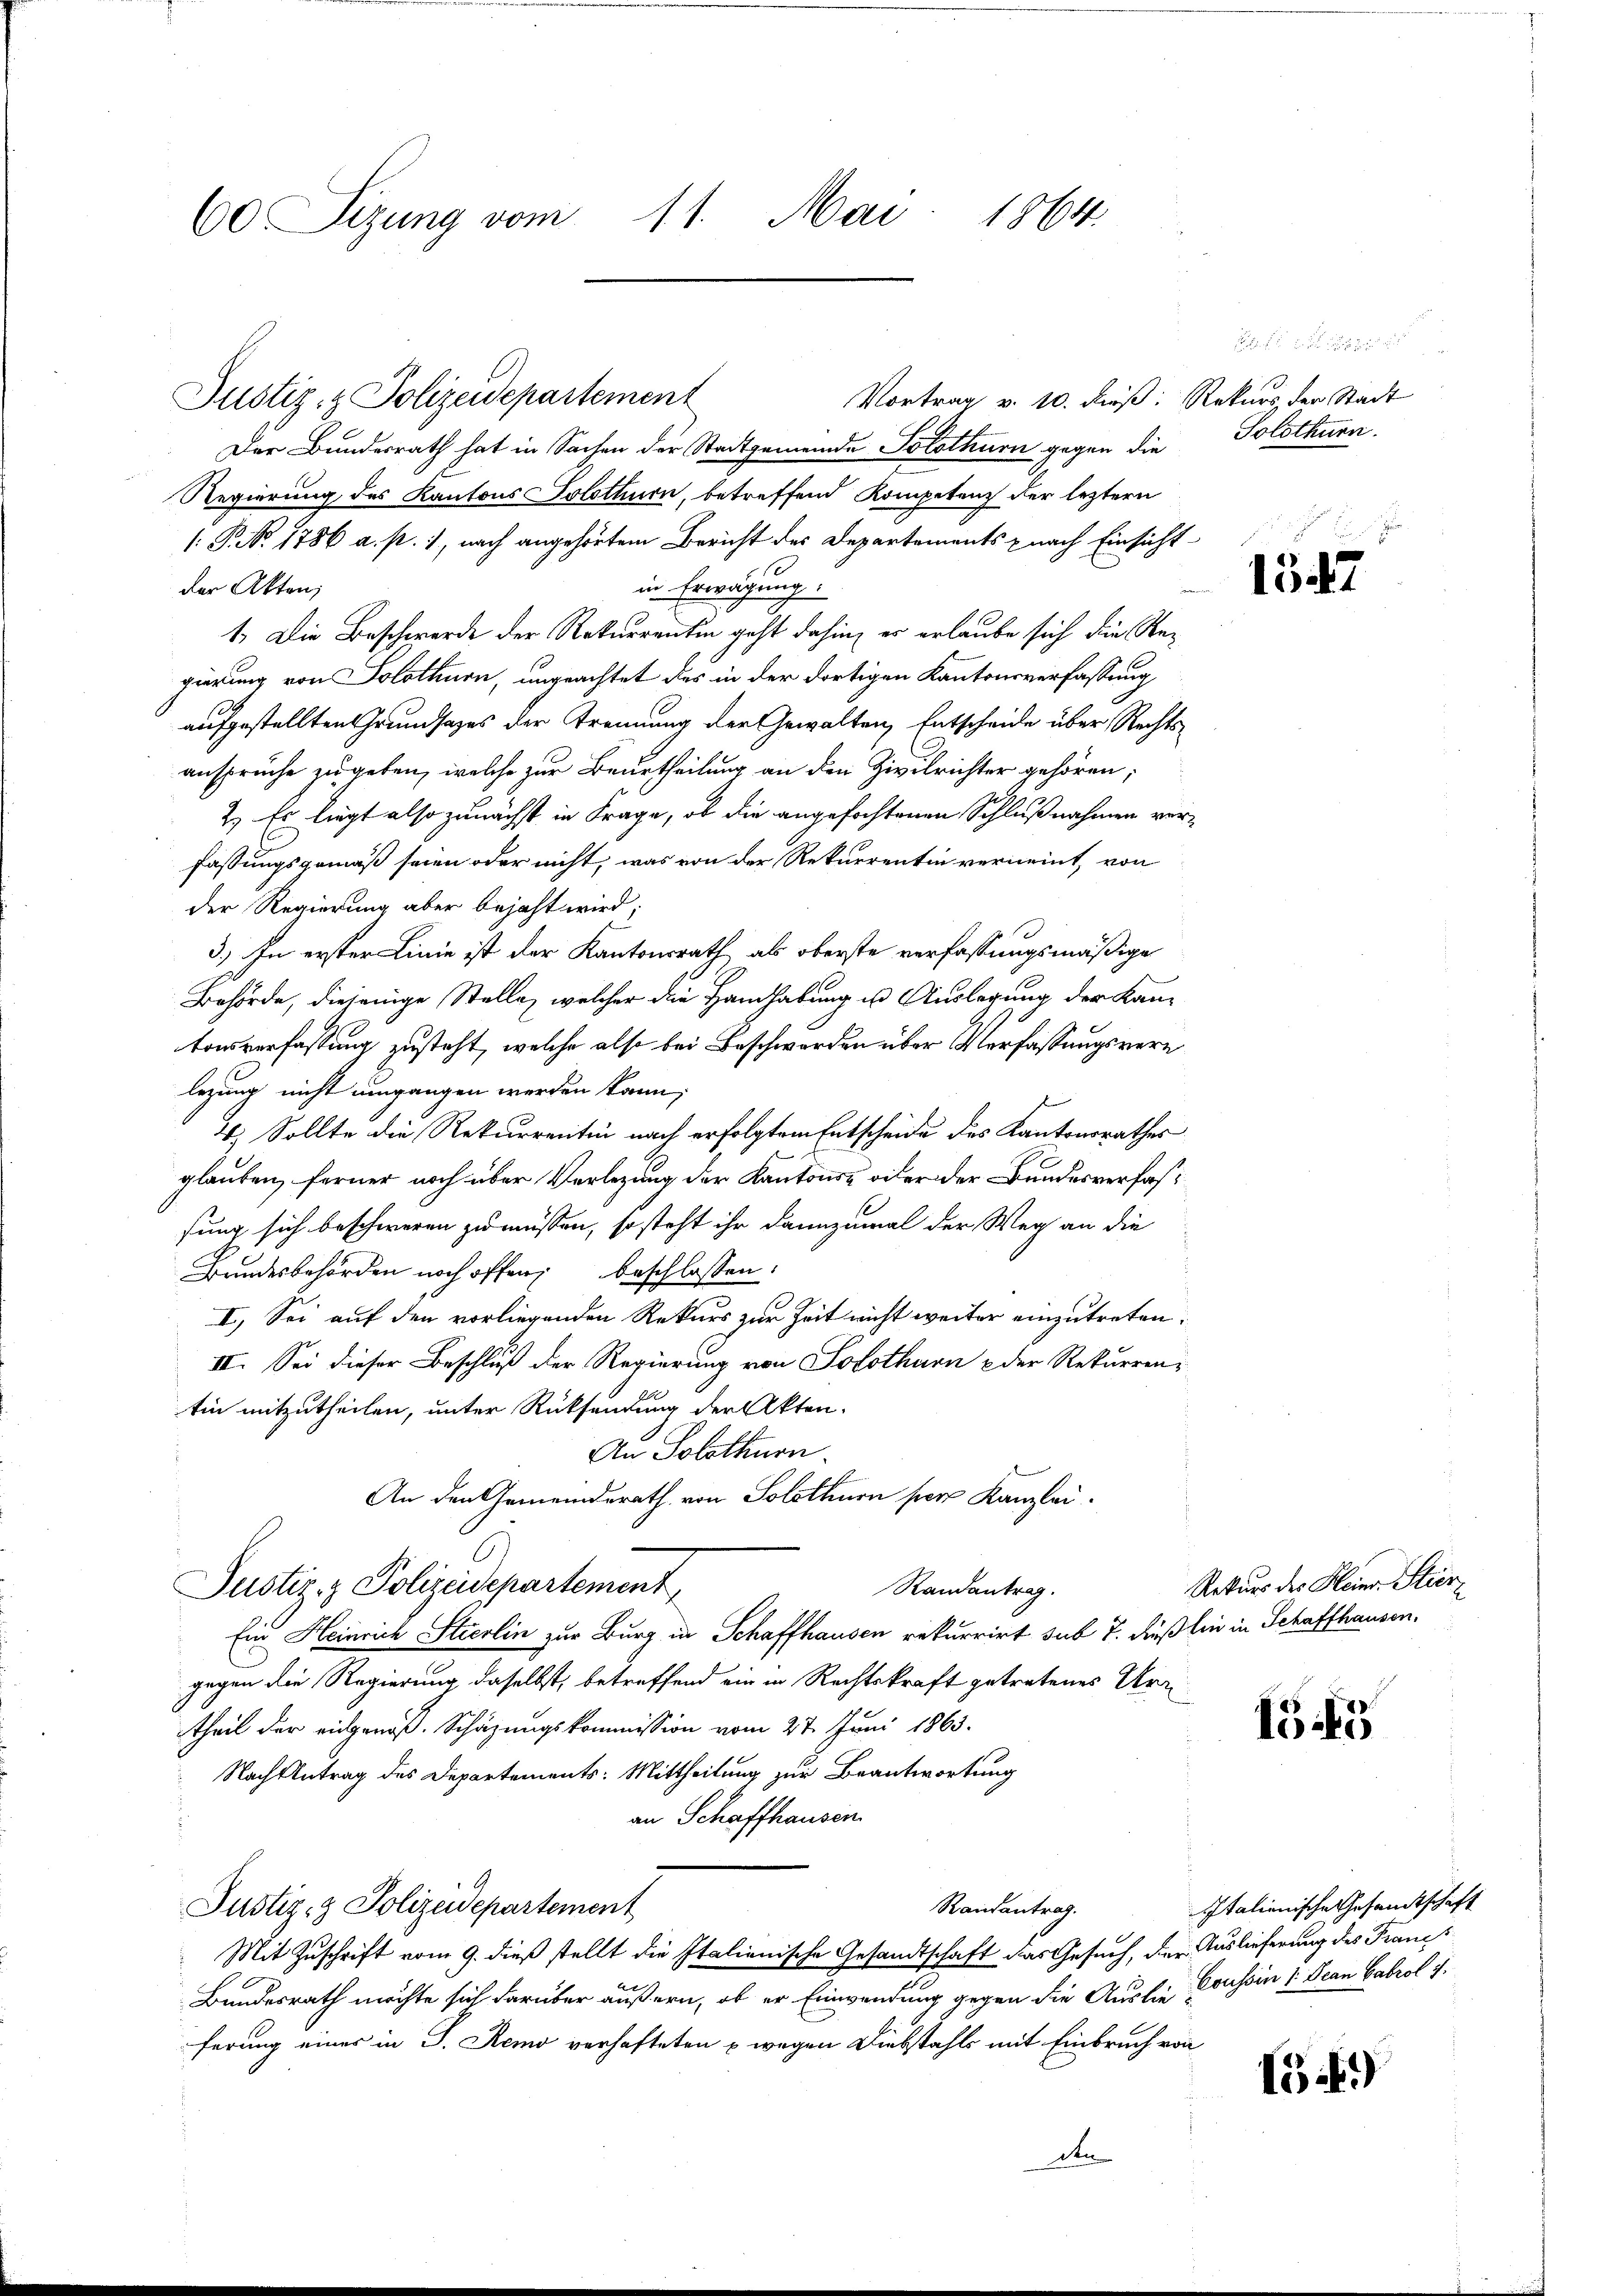
60 Sizung vom 11. Mai 1864.

Vortrag v. 10. dieß: Rekurs der Stadt
Der Bundesrath hat in Sachen der Stadtgemeinde Solothurn gegen die
Regierung des Kantons Solothurn, betreffend Kompetenz der leztern
(: P. Nr. 1786 a. p. 1, nach angehörtem Bericht des Departements nach Einsicht
in Erwägung.
der Akten;
1. Die Beschwerde der Rekurrentin geht dahin, er erlaube sich die Regierung von Solothurn, ungeachtet des in der dortigen Kantonsverfassung
aufgestellten Grundsatzes der Trennung der Gewalten, Entscheide über Rechtsansprüche zu geben, welche zur Beurtheilung an den Zivilrichter gehören;
2.) Es liegt also zunächst in Frage, ob die angefochtenen Schlußnahmen verfassungsgemäß seien oder nicht, was von der Rekurrentin verneint, von
der Regierung aber bejaht wird;
3.) In erster Linie ist der Kantonsrath als oberste verfassungsmäßige
Behörde, diejenige Stelle, welcher die Handhabung in Auslegung der Kantonsverfassung zusteht, welche also bei Beschwerden über Verfassungsvere
legung nicht umgangen werden kann;
4; Sollte die Rekurrentin nach erfolgtem Entscheide des Kantonsrathes
glauben, ferner noch über Verlegung der Kantons- oder der Bundesverfassung sich beschweren zu müssen, so steht ihr dannzumal der Weg an die
Bundesbehörden noch offen, beschlossen:
I., Sei auf den vorliegenden Rekurs zur Zeit nicht weiter einzutreten.
II. Sei dieser Beschluß der Regierung von Solothurn & der Rekurrentin mitzutheilen, unter Rücksendung der Akten-
An Solothurn.
An den Gemeinderath von Solothurn per Kanzlei.
Justiz- & Polizeidepartement
Randantrag.
Ein Heinrich Stierlin zur Burg in Schaffhausen rekurrirt sub 7. Fuß bin in Schaffhausen.
gegen die Regierung daselbst, betreffend ein in Rechtskraft getretenes Urtheil der eidgenöß. Schäzungskommission vom 27. Juni 1863.
Nach Antrag des Departements: Mittheilung zur Beantwortung
an Schaffhausen
Randantrag.
Justiz- & Polizeidepartement
Mit Zuschrift vom 9. dieß stellt die Italienische Gesandtschaft das Gesuch, der Auslieferung des Francs
Bundesrath möchte sich darüber äußern, ob er Einwendung gegen die Auslie Coussin 1. Jean Cabrol u.
ferung einer in J. Remo verhafteten & wegen Diebstahls mit Einbruch von

Justiz- & Polizeidepartement

Solothurn.

.
1547

Rekurs des Kleinr. Stier

1545

Italienische Gesandtschaft

G.)